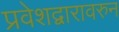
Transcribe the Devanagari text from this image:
प्रवेशद्वारावरुन